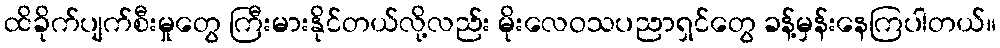
ထိခိုက်ပျက်စီးမှုတွေ ကြီးမားနိုင်တယ်လို့လည်း မိုးလေဝသပညာရှင်တွေ ခန့်မှန်းနေကြပါတယ်။